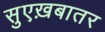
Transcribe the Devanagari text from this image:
सुएख़बातर